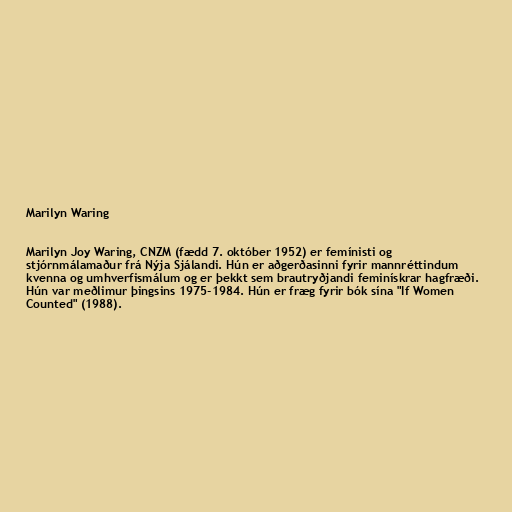
Marilyn Waring

Marilyn Joy Waring, CNZM (fædd 7. október 1952) er femínisti og
stjórnmálamaður frá Nýja Sjálandi. Hún er aðgerðasinni fyrir mannréttindum
kvenna og umhverfismálum og er þekkt sem brautryðjandi feminískrar hagfræði.
Hún var meðlimur þingsins 1975-1984. Hún er fræg fyrir bók sína "If Women
Counted" (1988).